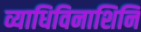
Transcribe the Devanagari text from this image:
व्याधिविनाशिनि